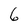
Character: 6